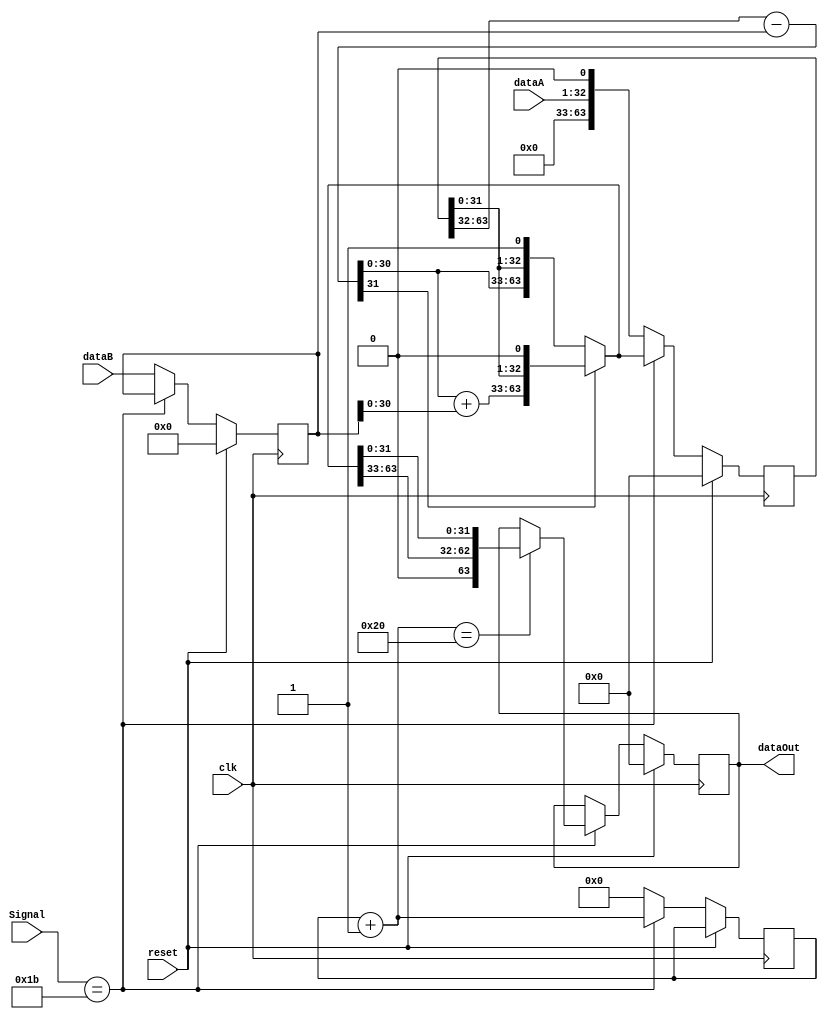

module divider( clk, dataA, dataB, Signal, dataOut, reset);
output [63:0] dataOut;
input clk;
input reset;
input [31:0] dataA;
input [31:0] dataB;
input [5:0] Signal;

reg [63:0] temp ;
reg [31:0] DIVR ;
reg [63:0] REM ;
parameter DIVU = 6'b011011;
parameter OUT = 6'b111111;

reg [6:0] counter ;


always@( posedge clk )
begin
    if ( reset ) // 
    begin
	    temp = 64'b0 ;
		DIVR = 32'b0 ;
		REM = 64'b0 ;
    end
	
	else
	begin	
		case ( Signal )
			DIVU:
			begin
				REM[63:32] = REM[63:32] - DIVR ;
				
				if(REM[63]) 
				begin
					REM[63:32] = REM[63:32] + DIVR ;
					REM = {REM[62:0], 1'b0}; // shift REM left 1 bit
				end
				
				else
				begin
					REM = {REM[62:0], 1'b1}; 
				end
				
				counter = counter + 1 ;
				
				if ( counter == 32 ) begin
				  temp = {1'b0, REM[63:33], REM[31:0] };  // shift REM right 1 bit
				end
			end
			
			default:
			begin
			    counter = 6'd0;
				REM = {31'b0, dataA[31:0], 1'b0}; // shift REM left 1 bit
                DIVR = dataB ;
			end
		endcase
    end
end

assign dataOut = temp ;

endmodule